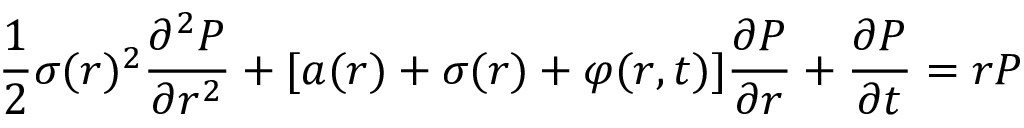
{ \frac { 1 } { 2 } } \sigma ( r ) ^ { 2 } { \frac { \partial ^ { 2 } P } { \partial r ^ { 2 } } } + [ a ( r ) + \sigma ( r ) + \varphi ( r , t ) ] { \frac { \partial P } { \partial r } } + { \frac { \partial P } { \partial t } } = r P